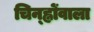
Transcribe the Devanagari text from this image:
चिन्ह्नोंवाला